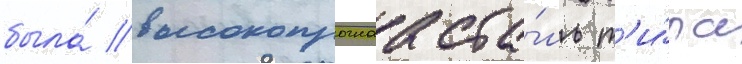
была́ высокопрочнаа ста́ль т'и́па